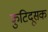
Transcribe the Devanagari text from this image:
कुटिदूसक